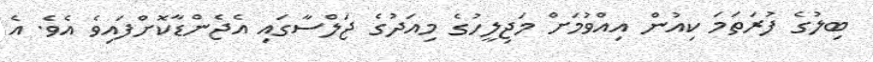
ބިލުގެ ފުރަތަމަ ކިއުން އިއްވުމަށް މަޖިލީހުގެ މިއަދުގެ ޖަލްސާގައި އެޖެންޑާކޮށްފައިވެ އެވެ. އެ